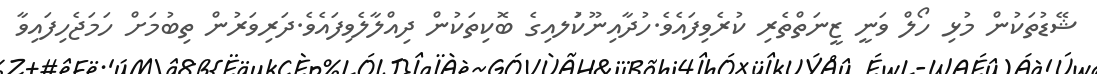
ޝޭޑުތަކުން މުޅި ހޯލް ވަނީ ޒީނަތްތެރި ކުރެވިފައެވެ.ހުދާއިނޫކުަލއިގެ ބޮކިތަކުން ދިއްލާލެވިފައެވެ.ދަރިވަރުން ތިބުމަށް ހަމަޖެހިފައިވާ